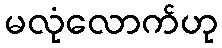
မလုံလောက်ဟု